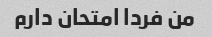
من فردا امتحان دارم